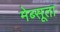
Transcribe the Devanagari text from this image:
मेब्सूता